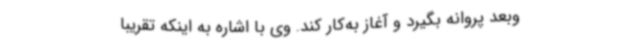
وبعد پروانه بگیرد و آغاز به‌کار کند. وی با اشاره به اینکه تقریباً